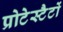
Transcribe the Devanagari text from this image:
प्रोटेस्टैटों